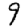
Digit: 9